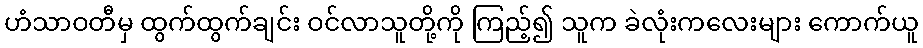
ဟံသာဝတီမှ ထွက်ထွက်ချင်း ဝင်လာသူတို့ကို ကြည့်၍ သူက ခဲလုံးကလေးများ ကောက်ယူ